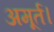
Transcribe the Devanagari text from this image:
अमूर्त।